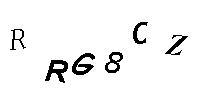
RRG8CZ